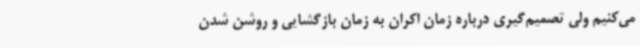
می‌کنیم ولی تصمیم‌گیری درباره زمان اکران به زمان بازگشایی و روشن شدن